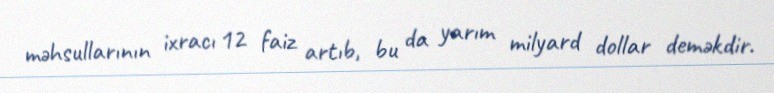
məhsullarının ixracı 12 faiz artıb, bu da yarım milyard dollar deməkdir.